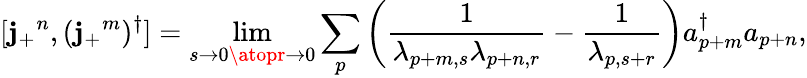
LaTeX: [\mathbf{j}_{+}{}^{n},(\mathbf{j}_{+}{}^{m})^{\dagger}]=\operatorname*{lim}_{s\to0\atopr\to0}\sum_{p}\left(\frac{{1}}{{\lambda_{p+m,s}\lambda_{p+n,r}}}-\frac{{1}}{{\lambda_{p,s+r}}}\right)a_{p+m}^{\dagger}a_{p+n},